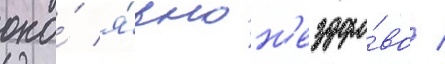
оно́ я́вно н'ездоро́во /